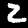
Digit: 2